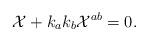
LaTeX: \begin{align*}{\cal X} + k_a k_b {\cal X}^{ab} = 0.\end{align*}